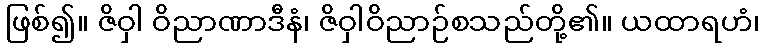
ဖြစ်၍။ ဇိဝှါ ဝိညာဏာဒီနံ၊ ဇိဝှါဝိညာဉ်စသည်တို့၏။ ယထာရဟံ၊